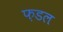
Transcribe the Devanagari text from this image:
फ़डल